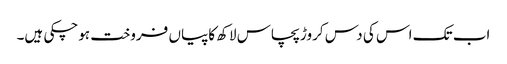
اب تک اس کی دس کروڑ پچاس لاکھ کاپیاں فروخت ہوچکی ہیں۔